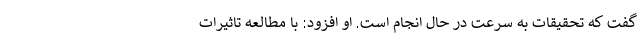
گفت که تحقیقات به سرعت در حال انجام است. او افزود: با مطالعه تاثیرات